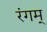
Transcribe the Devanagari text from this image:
रंगम्